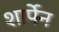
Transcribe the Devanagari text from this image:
शार्पेन